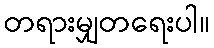
တရားမျှတရေးပါ။